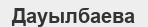
Дауылбаева